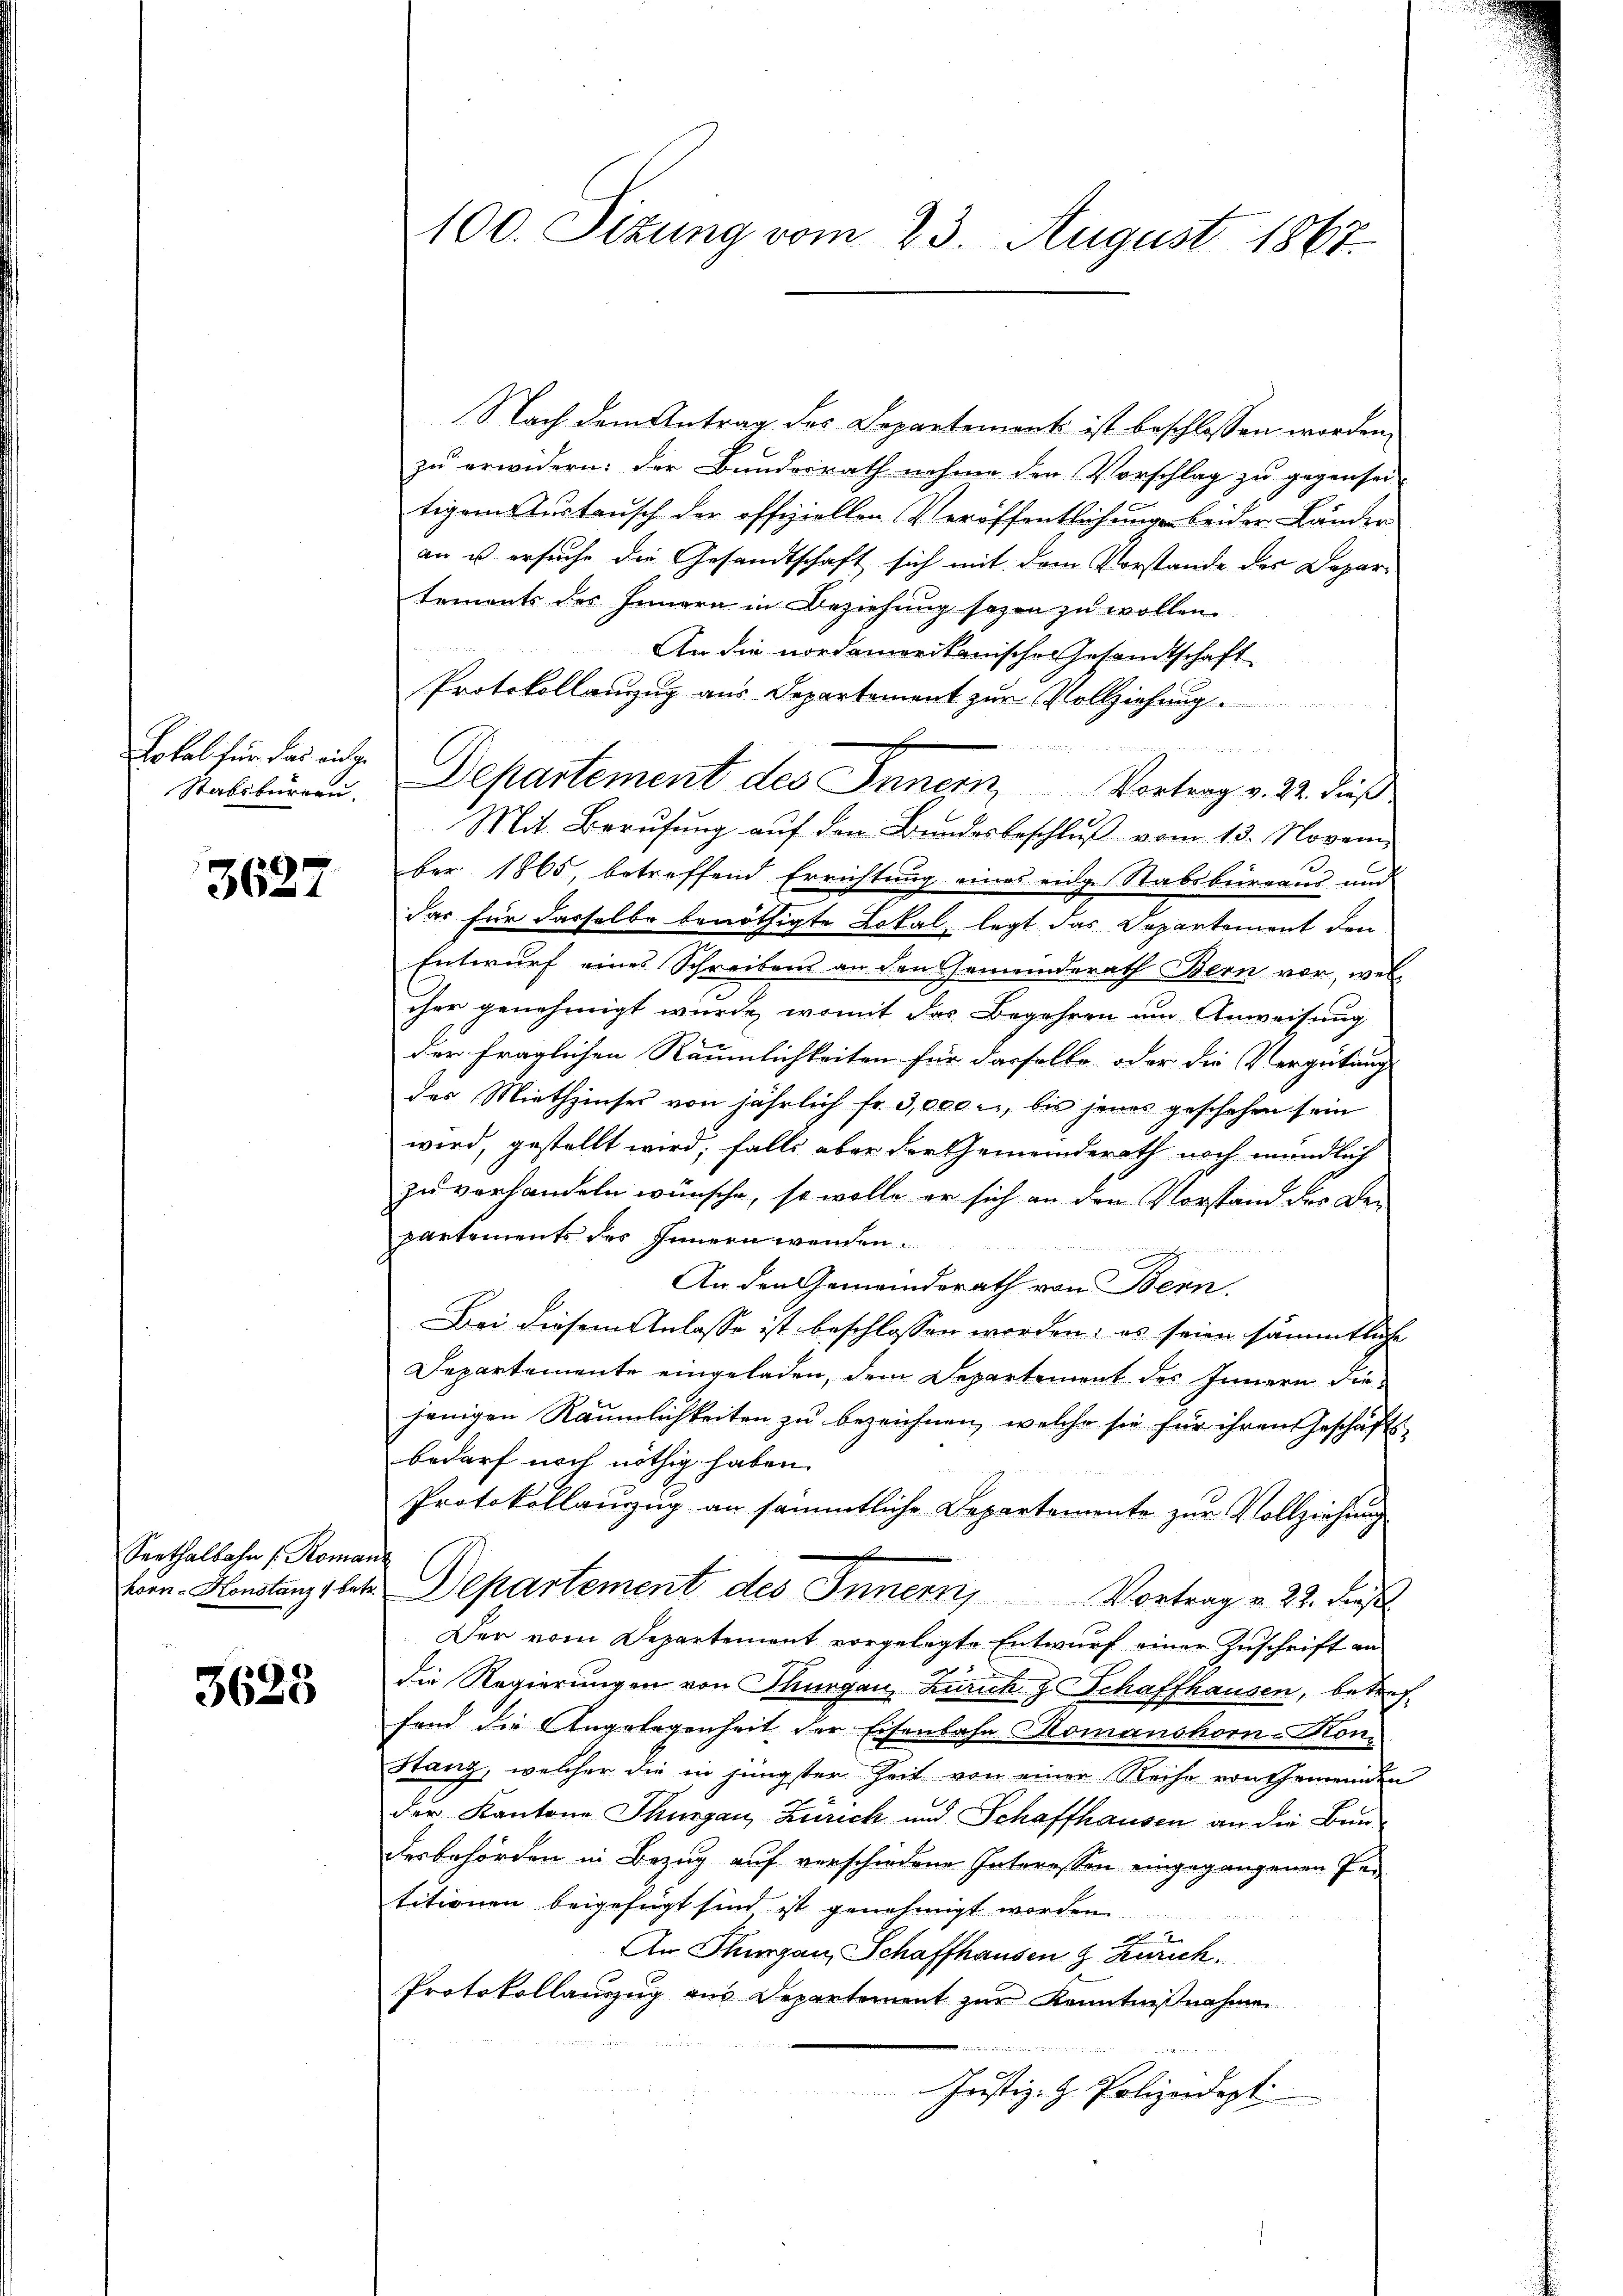
Lokal für das einge
Stabsburgen.

3627

Serthalbahn (Roma
korn-Honstanz 1 bet

3625

100. Sizung vom 23. August 1867.

Nach dem Antrag des Separtement ist beschlossen worden,
zu erwidern: der Bundesrath nahme den Vorschlag zu gegensei-
tigem Austausch der offiziellen Veröffentlichungen beider Länder
an es ersuche die Gesandtschaft sich mit dem Vorstande des Departements des Innern in Beziehung sagen zu wollen.
An die nordemoritanischer Gesandtschaft
Protokollanzug aus Departement zur Vollziehung
Beater den eigen der eine einen und de
Mit Berufung auf den Bundesbeschlŭβ vom 13. Novem
ber 1865, betreffend Errichtung eines eidge Stabsbureaus und
das für dasselbe benöthigte Lokal, legt das Departement den
Entwurf eines Schreibens an den Gemeinderath Bern vor, welcher genehmigt wurde, womit das Begehren um Anweisung
der fraglichen Räumlichkeiten für dasselbe oder die Vergütung
des Miethzinser von jährlich fr. 3,000 l., bis jenes geschehen sein
wird, gestellt wird; falls aber der Gemeinderath noch mündlich
zu verhandeln wünsche, so wolle er sich an den Vorstand der Bepartements des Innern wenden.
An den Gemeinderath von Bern.
Bei diesem Anlasse ist beschlossen worden; es seien sämmtliche
Departemente eingeladen, dem Departement des Innern diejenigen Räumlichkeiten zu bezeichnen, welche sie für ihren Geschäftsbedarf noch nöthig haben.
Protokollanzug an sämmtliche Departemente zur Vollziehung
Departement des Innern, Vortrag v. 22. Fr
Der vom Departement vorgelegte Entwurf einer Zuschrift an
die Regierungen von Thurgau, Zürich z. Schaffhausen, betreffend die Angelegenheit der Eisenbahn Romanshorn-Kon¬
Stanz, welcher die in jüngster Zeit von einer Reihe von Gemeinden
der Kantons Thurgau, Zürich und Schaffhausen an die Bundesbehörden in Bezug auf verschiedene Interessen eingegangenen Intitionen beigefügt sind ist genehmigt worden.
An Thurgau, Schaffhausen & Zürich.
Protokollauszug aus Departement zur Kenntnißnahme
i
Justiz- H. Polizeidept

Departement des Innern, Vortrag v. 22. dieß